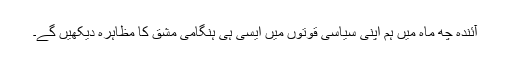
آئندہ چھ ماہ میں ہم اپنی سیاسی قوتوں میں ایسی ہی ہنگامی مشق کا مظاہرہ دیکھیں گے۔